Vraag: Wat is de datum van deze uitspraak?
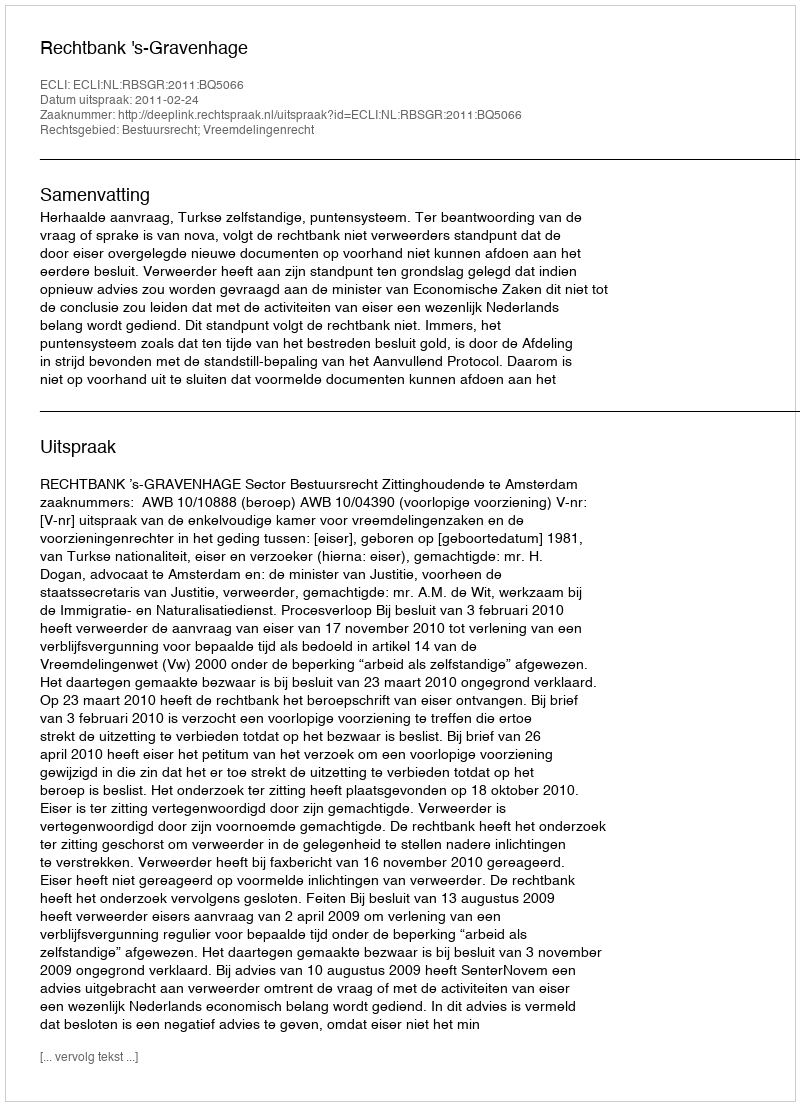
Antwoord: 2011-02-24